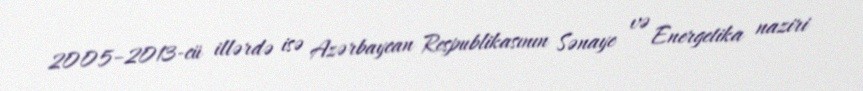
2005–2013-cü illərdə isə Azərbaycan Respublikasının Sənaye və Energetika naziri